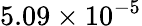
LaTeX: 5.09\times 10^{-5}